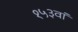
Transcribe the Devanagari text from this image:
१५३वां